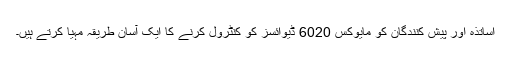
اساتذہ اور پیش کنندگان کو مایوکس 6020 ڈیوائسز کو کنٹرول کرنے کا ایک آسان طریقہ مہیا کرتے ہیں۔